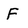
Character: F